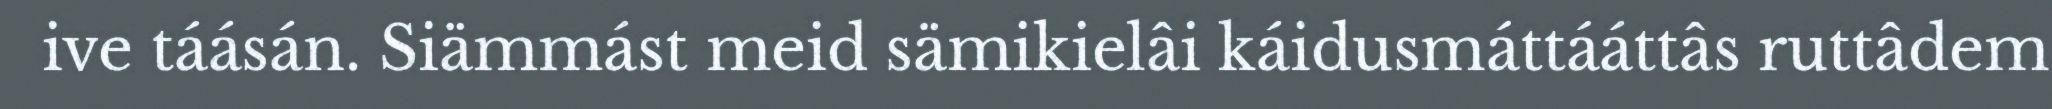
ive táásán. Siämmást meid sämikielâi káidusmáttááttâs ruttâdem